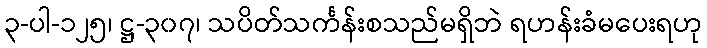
၃-ပါ-၁၂၅၊ ဋ္ဌ-၃၀၇၊ သပိတ်သင်္ကန်းစသည်မရှိဘဲ ရဟန်းခံမပေးရဟု